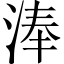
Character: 淎